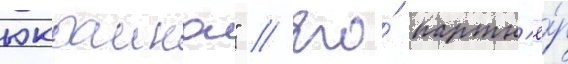
юкраина" // Его́ партн'ё́р